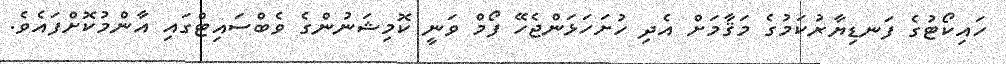
ހައިކޯޓުގެ ފަނޑިޔާރުކަމުގެ މަޤާމަށް އެދި ހުށަހަޅަންޖެހޭ ފޯމް ވަނީ ކޮމިޝަނުންގެ ވެބްސައިޓްގައި އާންމުކޮށްފައެވެ.